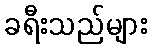
ခရီးသည်များ